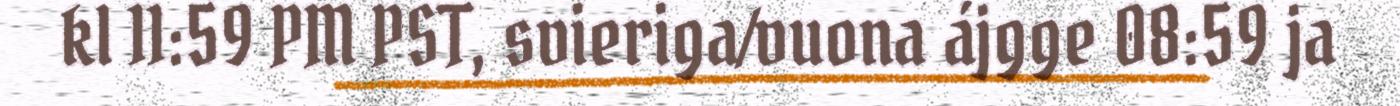
kl 11:59 PM PST, svieriga/vuona ájgge 08:59 ja